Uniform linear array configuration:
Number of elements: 64
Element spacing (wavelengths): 0.75
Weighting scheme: hann
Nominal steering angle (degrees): -15
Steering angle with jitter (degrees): -13.505
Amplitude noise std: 0.05
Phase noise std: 0.05

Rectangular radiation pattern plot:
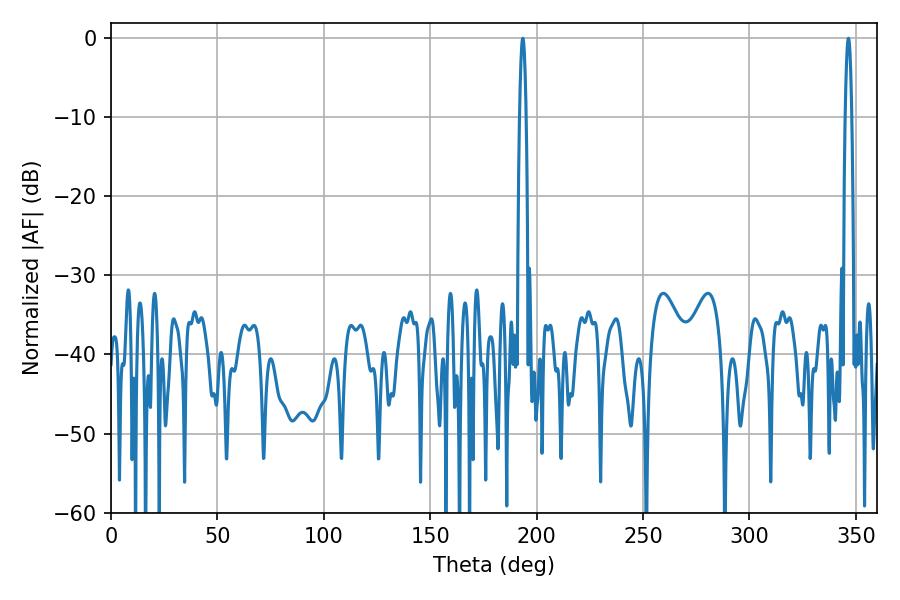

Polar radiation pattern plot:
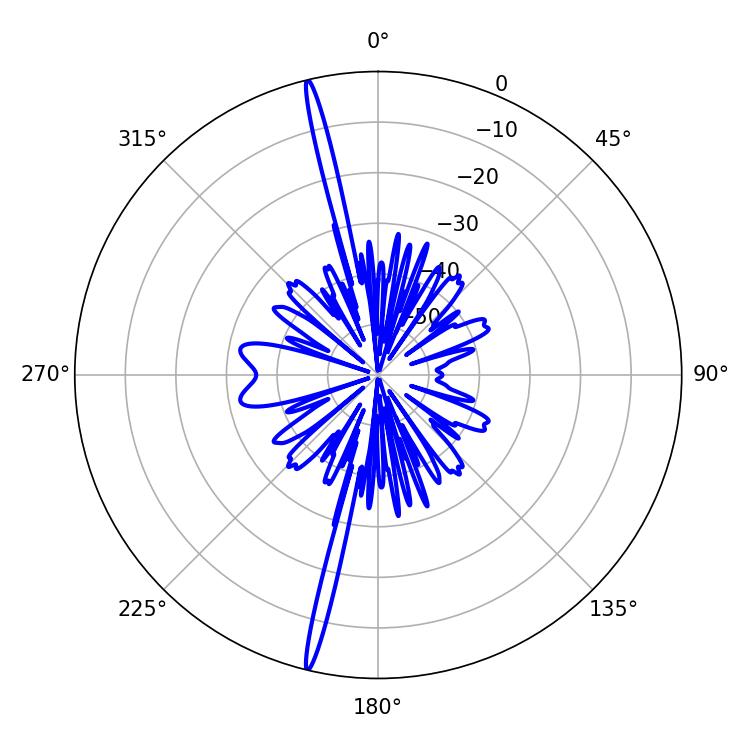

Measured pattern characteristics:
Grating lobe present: TRUE
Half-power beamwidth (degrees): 1.62
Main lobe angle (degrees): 193.5